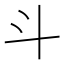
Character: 斗